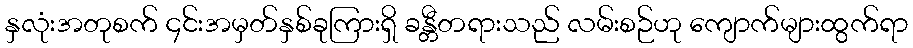
နှလုံးအတုစက် ၄င်းအမှတ်နှစ်ခုကြားရှိ ခန္တီတရားသည် လမ်းစဉ်ဟု ကျောက်များထွက်ရာ